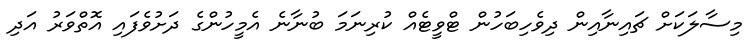
މިސާލަކަށް ޗައިނާއިން ދިވެހިބަހުން ޓްވީޓެއް ކުރިނަމަ ބުނާނެ އެމީހުންގެ ދަށުވެފައި އޮތްވަރު އަދި